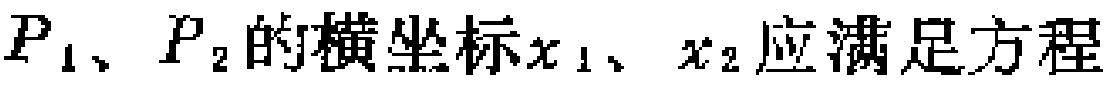
$P_1、P_2的横坐标x_1、x_2应满足方程$